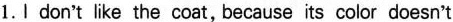
1.Ⅰ don't like the coat, because its color doesn't